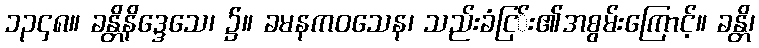
၁၃၄၈။ ခန္တိနိဒ္ဒေသေ၊ ၌။ ခမနကဝသေန၊ သည်းခံငြ်း၏အစွမ်းကြောင့်။ ခန္တိ၊